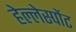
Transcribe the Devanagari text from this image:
हेल्लेस्पोंट